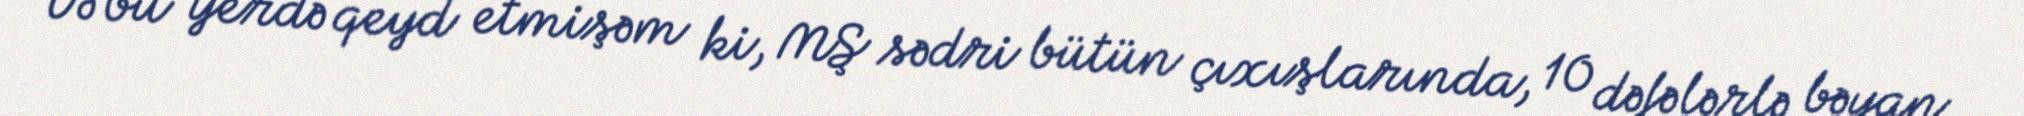
Və bu yerdə qeyd etmişəm ki, MŞ sədri bütün çıxışlarında, 10 dəfələrlə bəyan